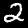
Digit: 2